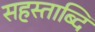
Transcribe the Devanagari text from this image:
सहस्ताब्दि